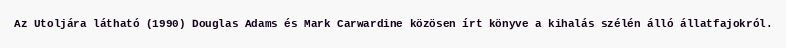
Az Utoljára látható (1990) Douglas Adams és Mark Carwardine közösen írt könyve a kihalás szélén álló állatfajokról.